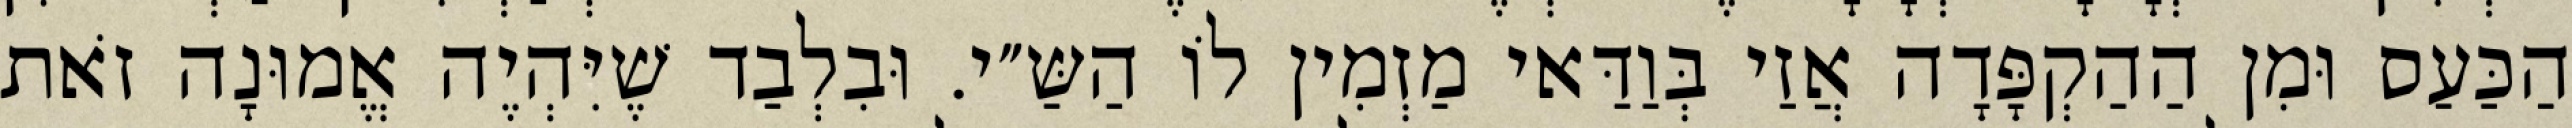
הַכַּעַס וּמִן הַהַקְפָּדָה אֲזַי בְּוַדַּאי מַזְמִין לוֹ הַשַּ״י. וּבִלְבַד שֶׁיִּהְיֶה אֱמוּנָה זֹאת